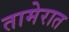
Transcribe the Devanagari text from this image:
तामेरात